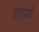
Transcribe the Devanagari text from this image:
ग्राफ़ो